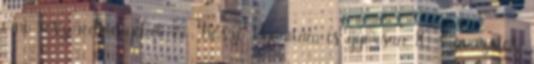
írni részeredményeket :- Köszi Nyomtam is gyorsan 10 szavazatot.